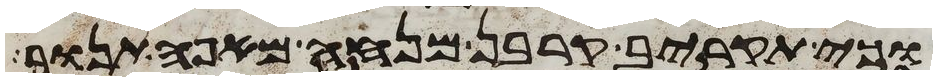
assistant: וכי תקריב קרבן מנחה מאפה תנור